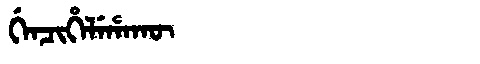
Manchu: ᡤᡝᠨᠴᡳᡥᡝᠯᡝᡥᠠᡴᡡ
Romanization: GENCIHELEHAKŪ